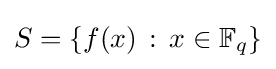
S=\{f(x)\,:\,x\in \mathbb {F} _{q}\}